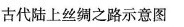
古代陆上丝绸之路示意图